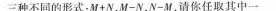
三种不同的形式；$$M + N$$，$$M - N$$，$$N - M$$，请你任取其中一